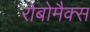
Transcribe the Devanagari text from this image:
रोबोमैक्स